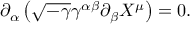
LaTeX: \partial _ { \alpha } \left( \sqrt { - \gamma } \gamma ^ { \alpha \beta } \partial _ { \beta } X ^ { \mu } \right) = 0 .